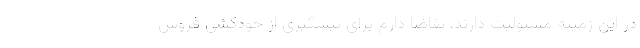
در این زمینه مسئولیت دارند، تقاضا دارم برای پیشگیری از خودکشی فروش